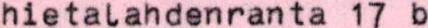
hietalahdenranta 17 b